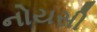
નોયસી